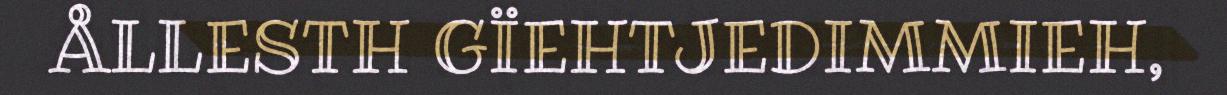
ÅLLESTH GÏEHTJEDIMMIEH,